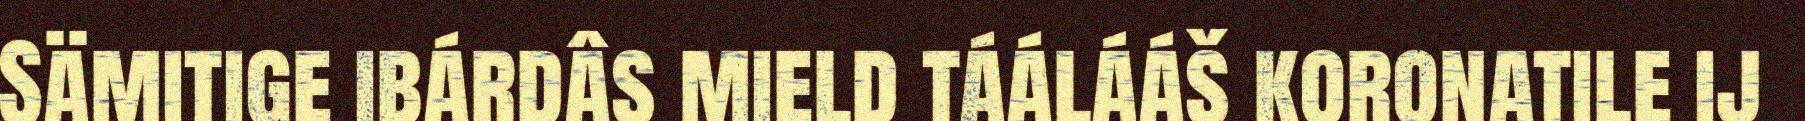
Sämitige ibárdâs mield táálááš koronatile ij